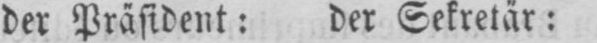
der Präsident: der Sekretär: